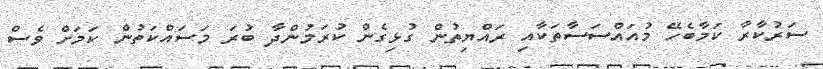
ސަރުކާރާ ކަމާބެހޭ މުއައްސަސާތަކާއި ރައްޔިތުން ގުޅިގެން ކުރަމުންދާ ބުރަ މަސައްކަތުން ކަމަށް ވެސް